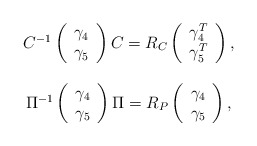
\begin{align*} \begin{array}{c}C^{-1} \left( \begin{array}{c} \gamma_4 \\ \gamma_5 \end{array} \right) C =R_C \left( \begin{array}{c} \gamma_4^T \\ \gamma_5^T \end{array} \right),\\\\\Pi^{-1} \left( \begin{array}{c} \gamma_4 \\ \gamma_5 \end{array} \right) \Pi= R_P \left( \begin{array}{c} \gamma_4 \\ \gamma_5 \end{array} \right),\end{array}\end{align*}